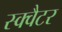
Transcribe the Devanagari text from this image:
स्क्वैटर